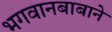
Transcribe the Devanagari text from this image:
भगवानबाबाने